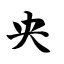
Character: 央